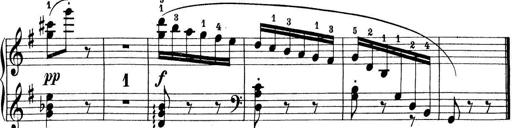
Title: Preis-Sonatine
Composer: Ernst James Bremner